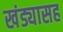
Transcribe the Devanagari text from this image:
खंड्यासह